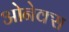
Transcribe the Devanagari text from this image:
ओनेक्स